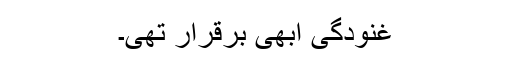
غنودگی ابھی برقرار تھی۔